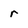
Character: r